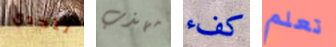
لتحدي مهذب كفء تعلم